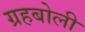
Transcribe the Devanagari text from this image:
ग्रहबोली